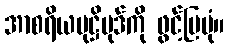
အာစရိယမုဋ္ဌိပုဒ်ကို ဖွင့်ပြပုံ။